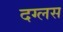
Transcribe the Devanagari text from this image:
दग्लस